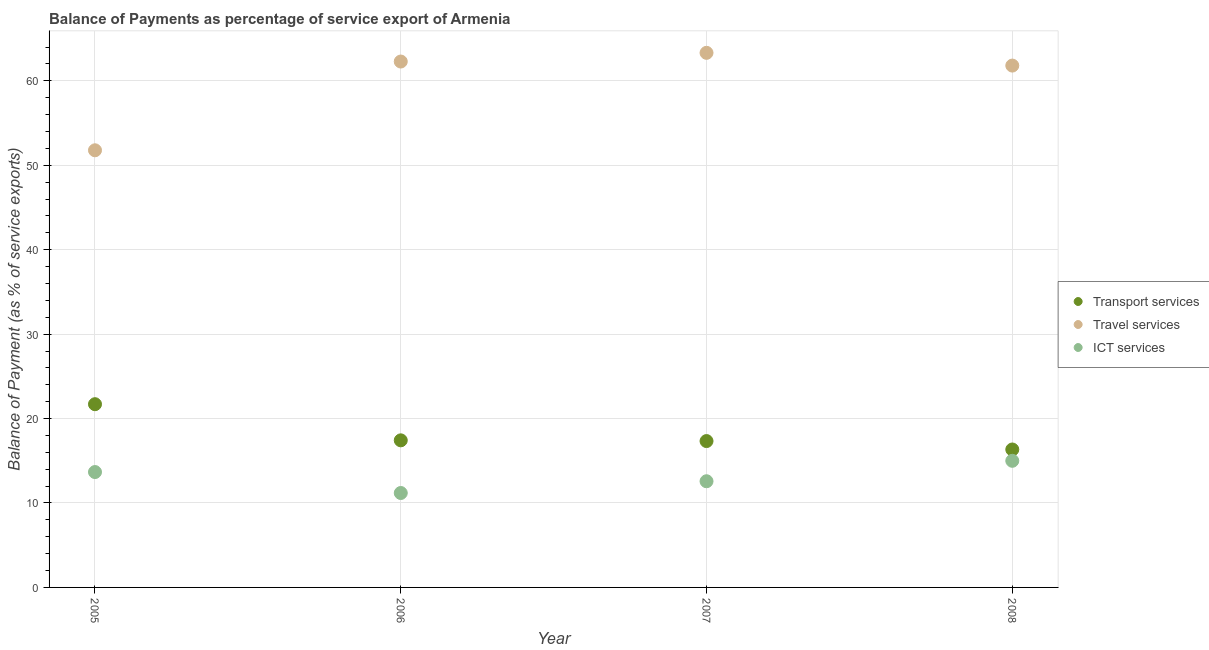
| Year | Transport services | Travel services | ICT services |
 | --- | --- | --- | --- |
 | 2005 | 21.7 | 51.8 | 13.7 |
 | 2006 | 17.4 | 62.3 | 11.2 |
 | 2007 | 17.3 | 63.3 | 12.6 |
 | 2008 | 16.3 | 61.8 | 15 |